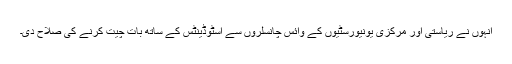
انہوں نے ریاستی اور مرکزی یونیورسٹیوں کے وائس چانسلروں سے اسٹوڈینٹس کے ساتھ بات چیت کرنے کی صلاح دی۔